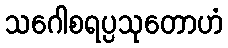
သဂေါစရပ္ပသုတောဟံ